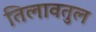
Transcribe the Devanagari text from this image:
तिलावतुल